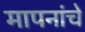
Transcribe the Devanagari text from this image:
मापनांचे